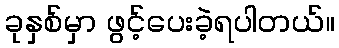
ခုနှစ်မှာ ဖွင့်ပေးခဲ့ရပါတယ်။